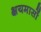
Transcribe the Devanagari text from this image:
क्षयमासों